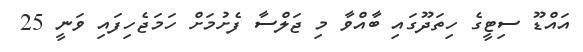
އައްޑޫ ސިޓީގެ ހިތަދޫގައި ބާއްވާ މި ޖަލްސާ ފެށުމަށް ހަމަޖެހިފައި ވަނީ 25